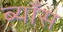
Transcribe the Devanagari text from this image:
ब्याँस